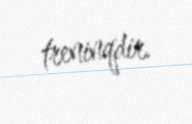
treninqdir.